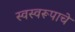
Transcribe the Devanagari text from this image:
स्वस्वरूपाचे